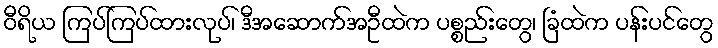
ဝီရိယ ကြပ်ကြပ်ထားလုပ်၊ ဒီအဆောက်အဦထဲက ပစ္စည်းတွေ၊ ခြံထဲက ပန်းပင်တွေ